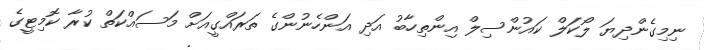
ނިމިގެންދިޔަ ލޯކަލް ކައުންސިލް އިންތިހާބު އަދި އަންހެނުންގެ ތަރައްގީއަށް މަސައްކަތް ކުރާ ކޮމިޓީގެ